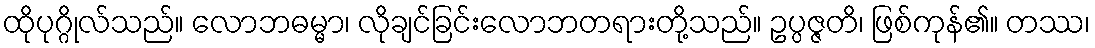
ထိုပုဂ္ဂိုလ်သည်။ လောဘဓမ္မာ၊ လိုချင်ခြင်းလောဘတရားတို့သည်။ ဥပ္ပဇ္ဇတိ၊ ဖြစ်ကုန်၏။ တဿ၊